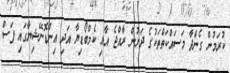
ކުރަމުން ގެންދާ މަސައްކަތްތަކުގެ ދަށުން ރާއްޖެ އާއި ކެމްބޯޑިޔާ އަދި އިންޑޮނޭޝިޔާގައި ފަސް